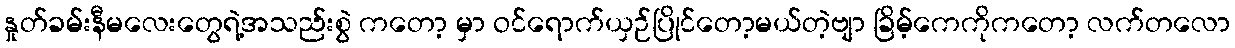
နှုတ်ခမ်းနီမလေးတွေရဲ့အသည်းစွဲ ကတော့ မှာ ဝင်ရောက်ယှဉ်ပြိုင်တော့မယ်တဲ့ဗျာ ခြိမ့်ကေကိုကတော့ လက်တလော